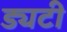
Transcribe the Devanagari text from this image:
ड्यटी